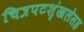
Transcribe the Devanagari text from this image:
चित्रपटशृंखलेसह